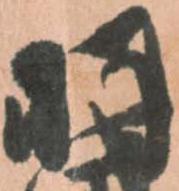
羽